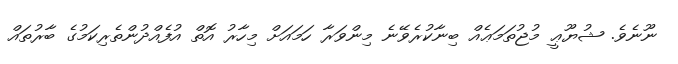
ނޫނެވެ. ޝުޔޫޢީ މުޖުތަމަޢެއް ބިނާކުރެވޭނެ މިންވަރާ ހަމައަށް މިހާރު އޮތް އުފެއްދުންތެރިކަމުގެ ބާރުތައް